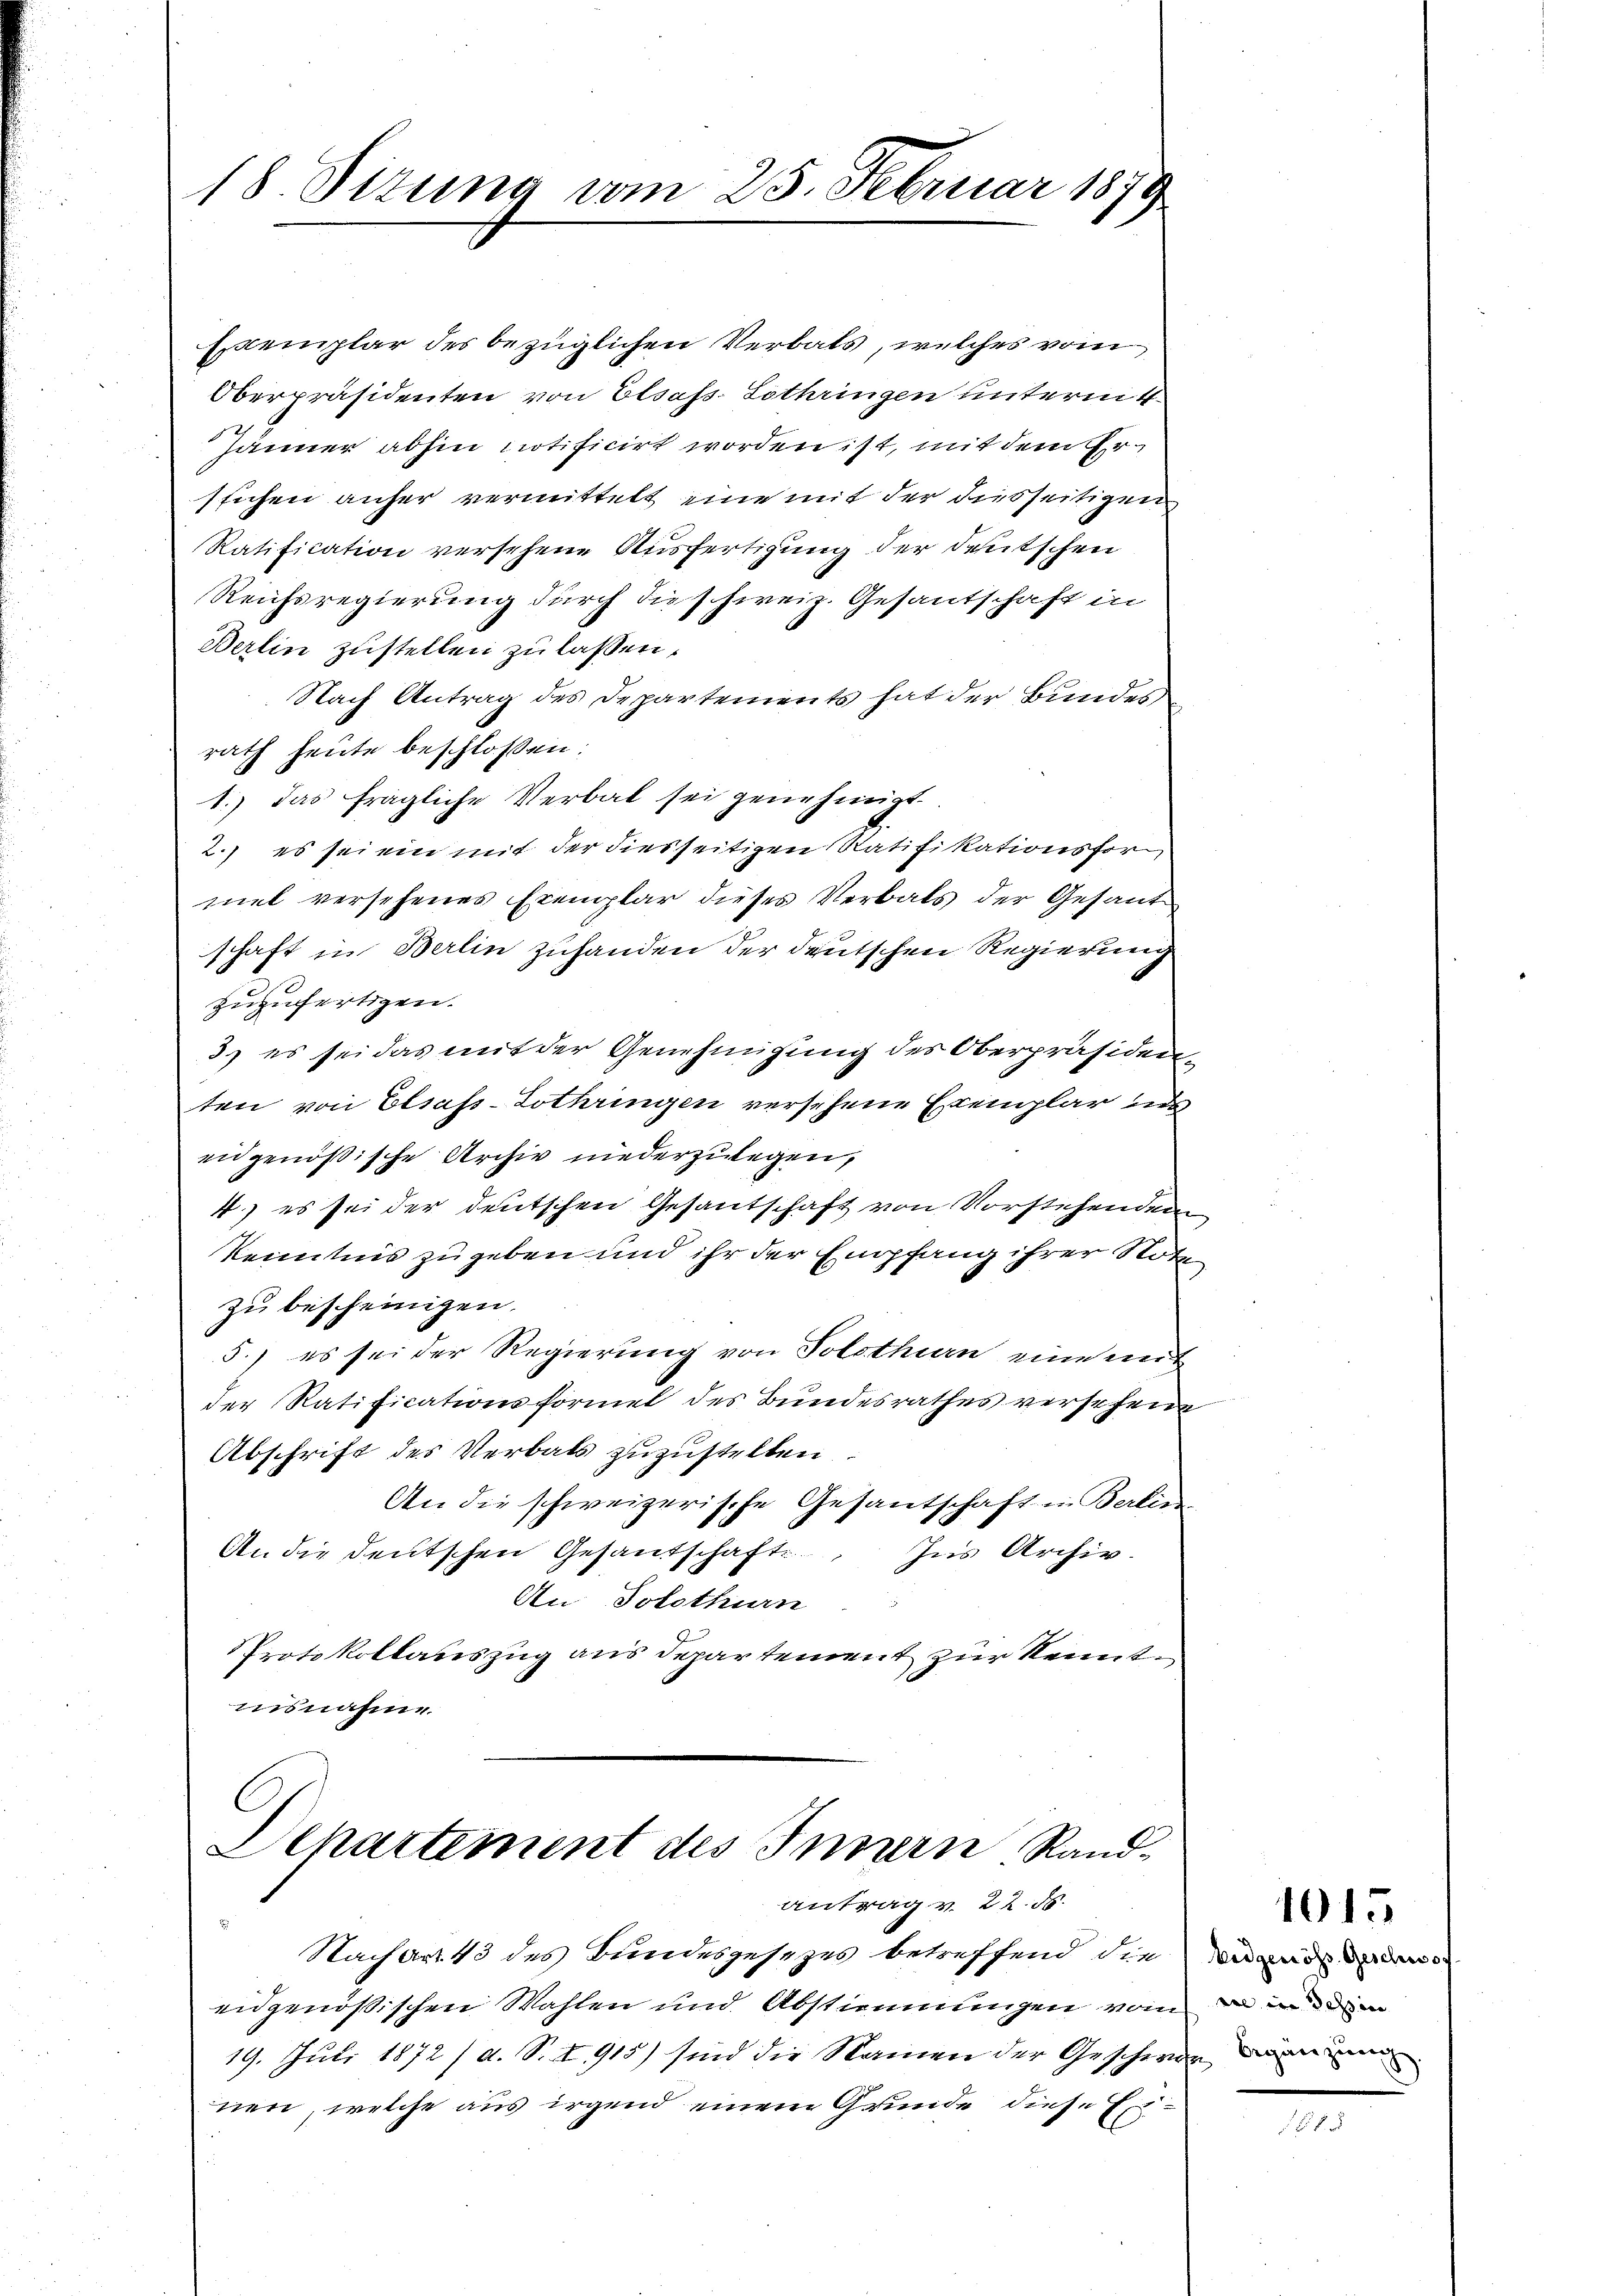
18. Sizung vom 25. Februar 1879

Exemplar des bezüglichen Verbals, welches vom
Oberpräsidenten von Elsass-Lothringen untermit
Jänner abhin notificirt worden ist, mit dem Erssichen anher vermittelt eine mit der diesseitigen
Ratification versehene Ausfertigung der deutschen
Reichsregierung durch die schweiz. Gesantschaft in
Berlin zustellen zu laßen.
Nach Antrag des Departements hat der Bundes
rath heute beschlossen:
1.) das fragliche Verbal sei genehmigt.
2.) es sei ein mit der diesseitigen Ratifikationsfor
mel versehenes Exemplar dieses Verbals der Gesandschaft in Berlin zuhanden der deutschen Regierung
zuzufertigen.
3.) es sei das mit der Genehmigung des Oberpräsiden
ten von Elsass-Lothringen versehene Exemplar und
eidgenößische Archiv niederzulegen,
4.) es sei der deutschen Gesantschaft von Vorstehenden
Kenntnis zugeben und ihr der Empfang ihrer Stoc
zu bescheinigen.
5.) es sei der Regierung von Solothurn eine mit
der Ratificationsformel des Bundesrathes versehen
Abschrift des Verbals zuzustellen.
An die schweizerische Gesantschaft in Berlin.
An die deutschen Gesandschafte
Ins Archiv.
An Solothurn
Protokollauszug aus Departement zur Kenntisnahme.
C
Departement des Innern Randantrag v. 22. 55.
Nachart. 43 des Bundesgesezes betreffend die Ungarden
eidgenössischen Wahlen und Abstimmungen vom in de
19. Juli 1872 /d. S. I 915) sind die Namen der Geschwer dann einen
nen, welche aus irgend einem Grunde diese Er¬

1015